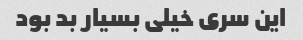
این سری خیلی بسیار بد بود